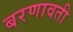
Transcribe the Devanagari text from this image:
बरणावती